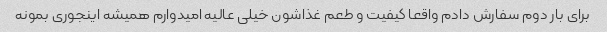
برای بار دوم سفارش دادم واقعا کیفیت و طعم غذاشون خیلی عالیه امیدوارم همیشه اینجوری بمونه